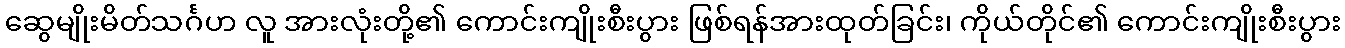
ဆွေမျိုးမိတ်သင်္ဂဟ လူ အားလုံးတို့၏ ကောင်းကျိုးစီးပွား ဖြစ်ရန်အားထုတ်ခြင်း၊ ကိုယ်တိုင်၏ ကောင်းကျိုးစီးပွား